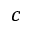
c